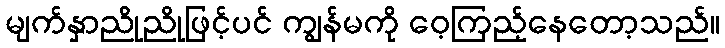
မျက်နှာညိုညိုဖြင့်ပင် ကျွန်မကို ဝေ့ကြည့်နေတော့သည်။